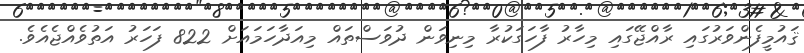
ޤައުމީފެންވަރުގައި ރާއްޖޭގައި މިހާރު ފާހަގަކުރާ މިނިވަން ދުވަސްތައް މިއަދާހަމައަށް 822 ފަހަރު އަތުވެއްޖެއެވެ.